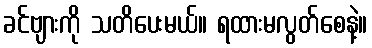
ခင်ဗျားကို သတိပေးမယ်။ ရထားမလွတ်စေနဲ့။